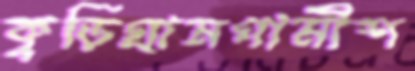
কুড়িগ্রামগামীশ